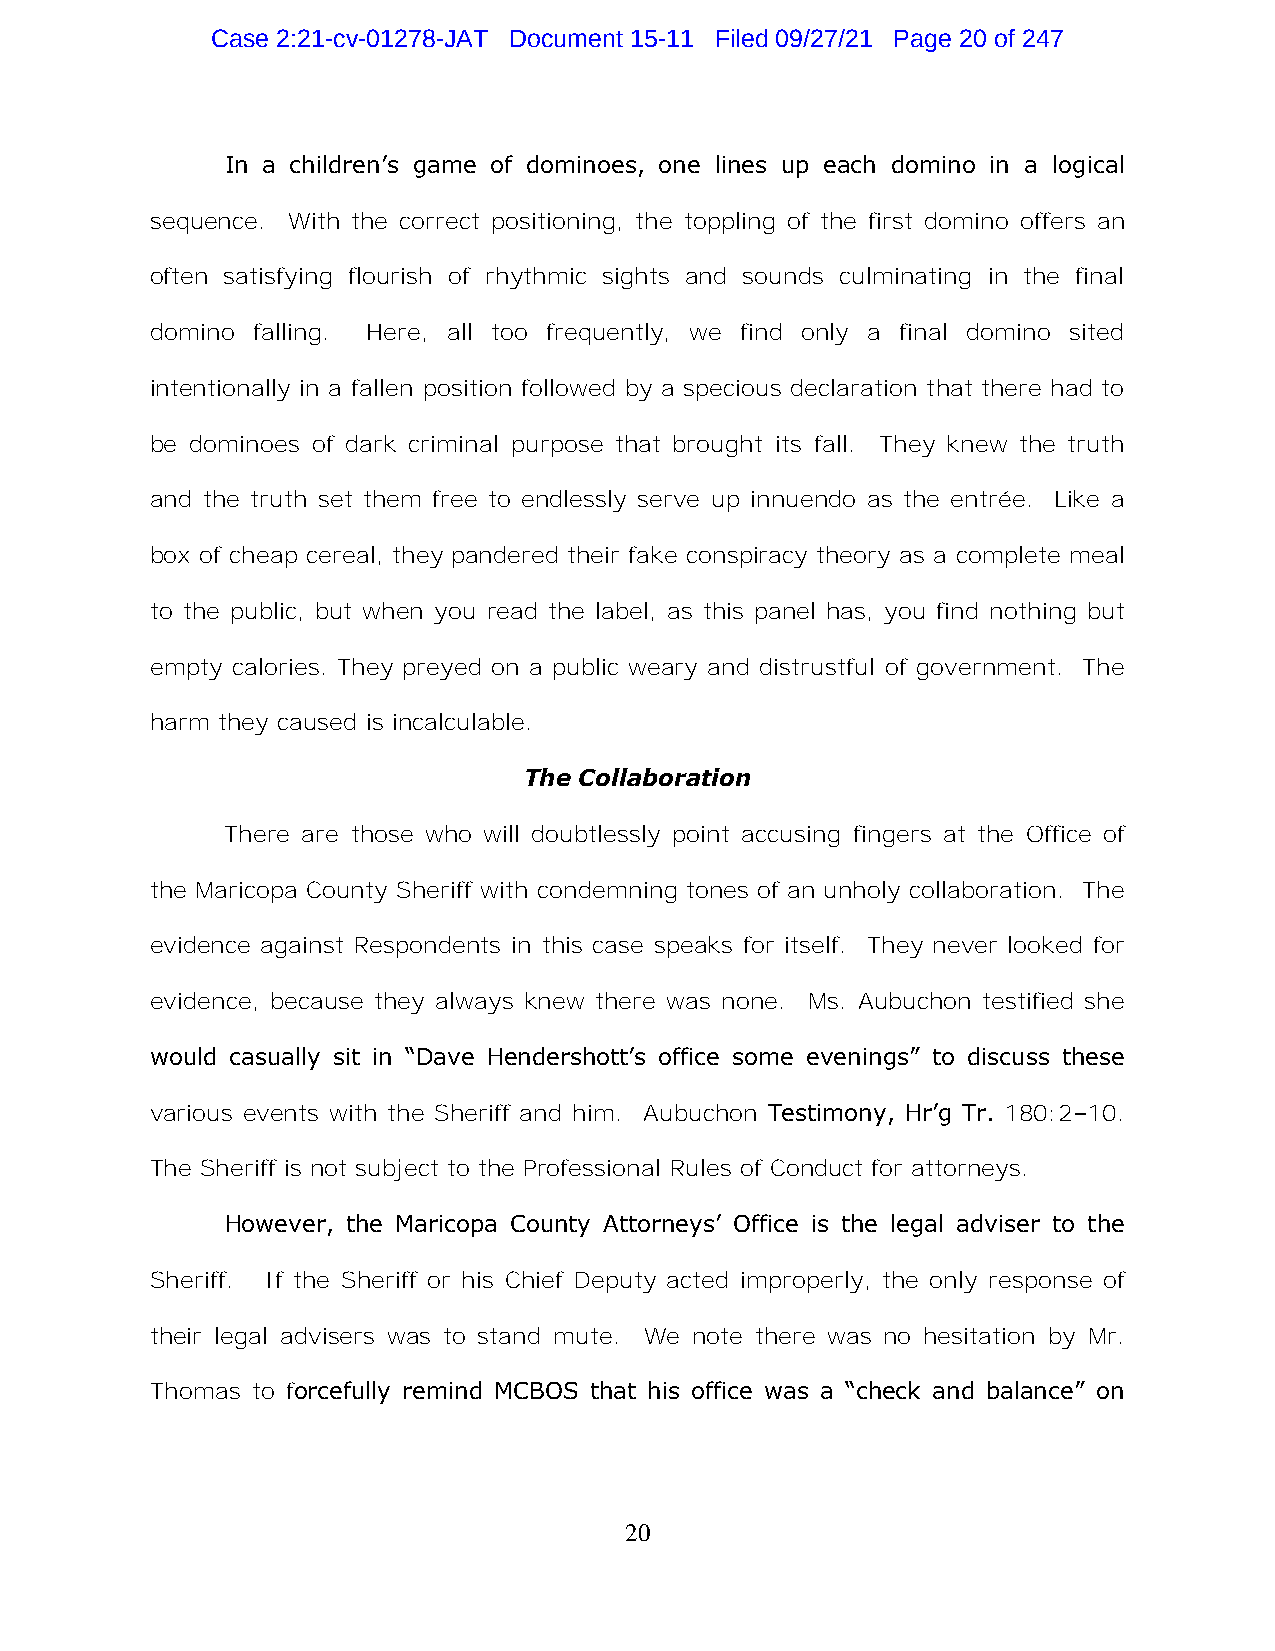
Case 2:21-cv-01278-JAT Document 15-11 Filed 09/27/21 Page 20 of 247
 In a children’s game of dominoes, one lines up each domino in a logical
 sequence. With the correct positioning, the toppling of the first domino offers an
 often satisfying flourish of rhythmic sights and sounds culminating in the final
 domino falling. Here, all too frequently, we find only a final domino sited
 intentionally in a fallen position followed by a specious declaration that there had to
 be dominoes of dark criminal purpose that brought its fall. They knew the truth
 and the truth set them free to endlessly serve up innuendo as the entrée. Like a
 box of cheap cereal, they pandered their fake conspiracy theory as a complete meal
 to the public, but when you read the label, as this panel has, you find nothing but
 empty calories. They preyed on a public weary and distrustful of government. The
 harm they caused is incalculable.
 The Collaboration
 There are those who will doubtlessly point accusing fingers at the Office of
 the Maricopa County Sheriff with condemning tones of an unholy collaboration. The
 evidence against Respondents in this case speaks for itself. They never looked for
 evidence, because they always knew there was none. Ms. Aubuchon testified she
 would casually sit in “Dave Hendershott’s office some evenings” to discuss these
 various events with the Sheriff and him. Aubuchon Testimony, Hr’g Tr. 180:2–10.
 The Sheriff is not subject to the Professional Rules of Conduct for attorneys.
 However, the Maricopa County Attorneys’ Office is the legal adviser to the
 Sheriff. If the Sheriff or his Chief Deputy acted improperly, the only response of
 their legal advisers was to stand mute. We note there was no hesitation by Mr.
 Thomas to forcefully remind MCBOS that his office was a “check and balance” on
 20